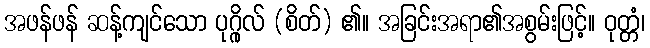
အဖန်ဖန် ဆန့်ကျင်သော ပုဂ္ဂိုလ် (စိတ်) ၏။ အခြင်းအရာ၏အစွမ်းဖြင့်။ ဝုတ္တံ၊